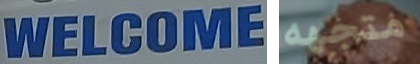
WELCOME متجهه